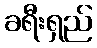
ခရီးရှည်